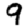
Digit: 9